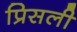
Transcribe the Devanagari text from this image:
प्रिसली